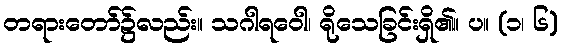
တရားတော်၌လည်း။ သဂါရဝေါ၊ ရိုသေခြင်းရှိ၏။ ပ။ (၁၊ ၆)